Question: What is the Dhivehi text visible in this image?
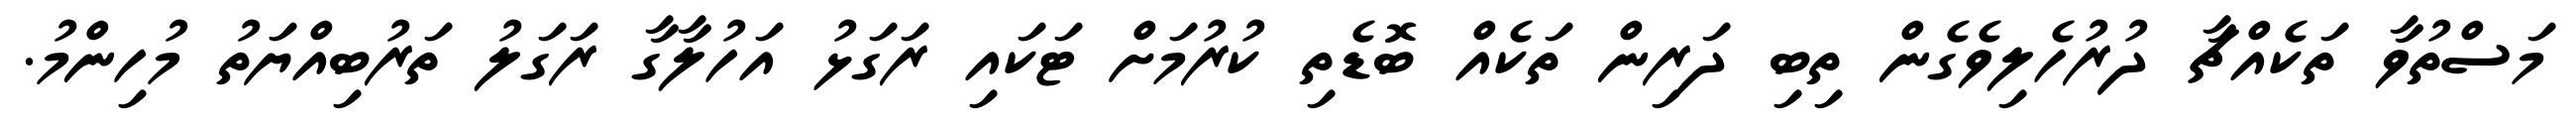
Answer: މަސްތުވާ ތަކެއްޗާ ދުރުހެލިވެގެން ތިބި ދަރިން ތަކެއް ބޮޑެތި ކުރުމަށް ޓަކައި ރަގަޅު އަހުލާގާ ރަގަލު ތަރުބިއްޔަތު މުހިންމު.